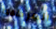
المركبه